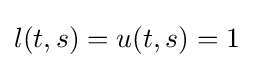
l(t,s)=u(t,s)=1